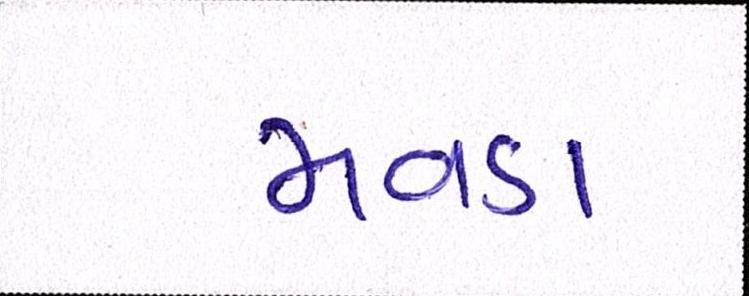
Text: મવડા